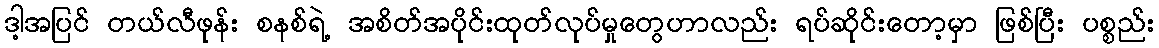
ဒါ့အပြင် တယ်လီဖုန်း စနစ်ရဲ့ အစိတ်အပိုင်းထုတ်လုပ်မှုတွေဟာလည်း ရပ်ဆိုင်းတော့မှာ ဖြစ်ပြီး ပစ္စည်း